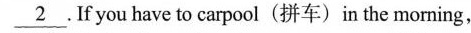
\underline{2} .If you have to carpool〔拼车)in the morning,